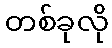
တစ်ခုလို